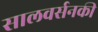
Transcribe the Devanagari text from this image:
सालवर्सनकी